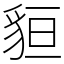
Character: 貆